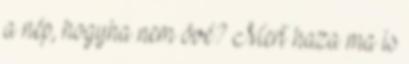
a nép, hogyha nem övé? Mert haza ma is